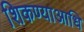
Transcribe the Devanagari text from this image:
शिकण्याआधि